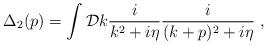
LaTeX: \begin{align*}\Delta_2 (p) =\int {\cal D} k \frac{i}{k^2 +i\eta} \frac{i}{(k+p)^2 +i\eta}\; ,\end{align*}